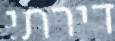
דירתי